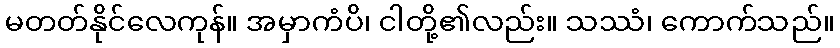
မတတ်နိုင်လေကုန်။ အမှာကံပိ၊ ငါတို့၏လည်း။ သဿံ၊ ကောက်သည်။